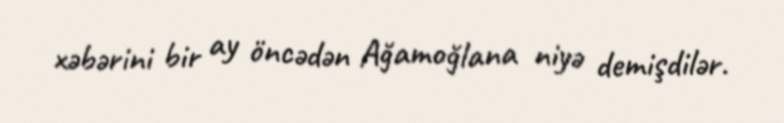
xəbərini bir ay öncədən Ağamoğlana niyə demişdilər.